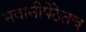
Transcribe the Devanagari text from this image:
भवानीपेठेतच